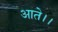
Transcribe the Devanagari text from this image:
आते।।